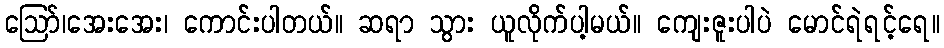
ဪ၊အေးအေး၊ ကောင်းပါတယ်။ ဆရာ သွား ယူလိုက်ပါ့မယ်။ ကျေးဇူးပါပဲ မောင်ရဲရင့်ရေ။